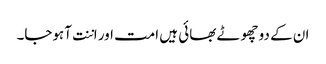
ان کے دو چھوٹے بھائی ہیں امت اور اننت آہوجا۔